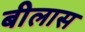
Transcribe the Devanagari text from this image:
बीलास